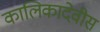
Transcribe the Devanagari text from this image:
कालिकादेवीस